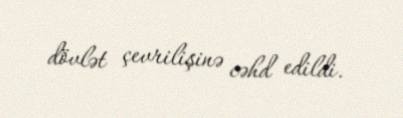
dövlət çevrilişinə cəhd edildi.